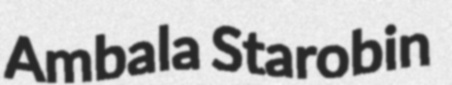
Ambala Starobin